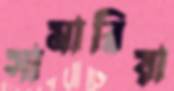
সামারিয়া